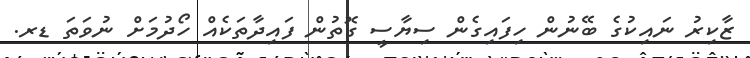
ޒާކިރު ނައިކުގެ ބޭނުން ހިފައިގެން ސިޔާސީ ގޮތުން ފައިދާތަކެއް ހޯދުމަށް ނުވަތަ ޑރ.